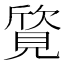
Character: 𬢀